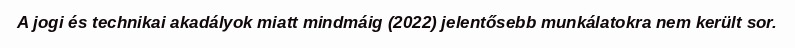
A jogi és technikai akadályok miatt mindmáig (2022) jelentősebb munkálatokra nem került sor.